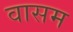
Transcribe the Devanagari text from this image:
वासम